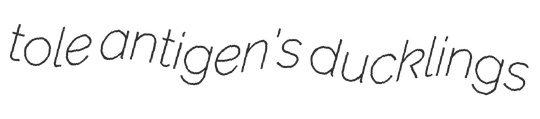
tole antigen's ducklings